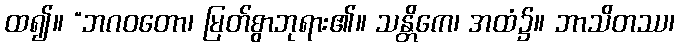
ထ၍။ “ဘဂဝတော၊ မြတ်စွာဘုရား၏။ သန္တိကေ၊ အထံ၌။ ဘာသိတဿ၊